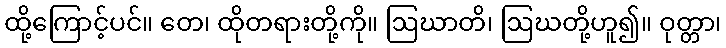
ထို့ကြောင့်ပင်။ တေ၊ ထိုတရားတို့ကို။ ဩဃာတိ၊ ဩဃတို့ဟူ၍။ ဝုတ္တာ၊